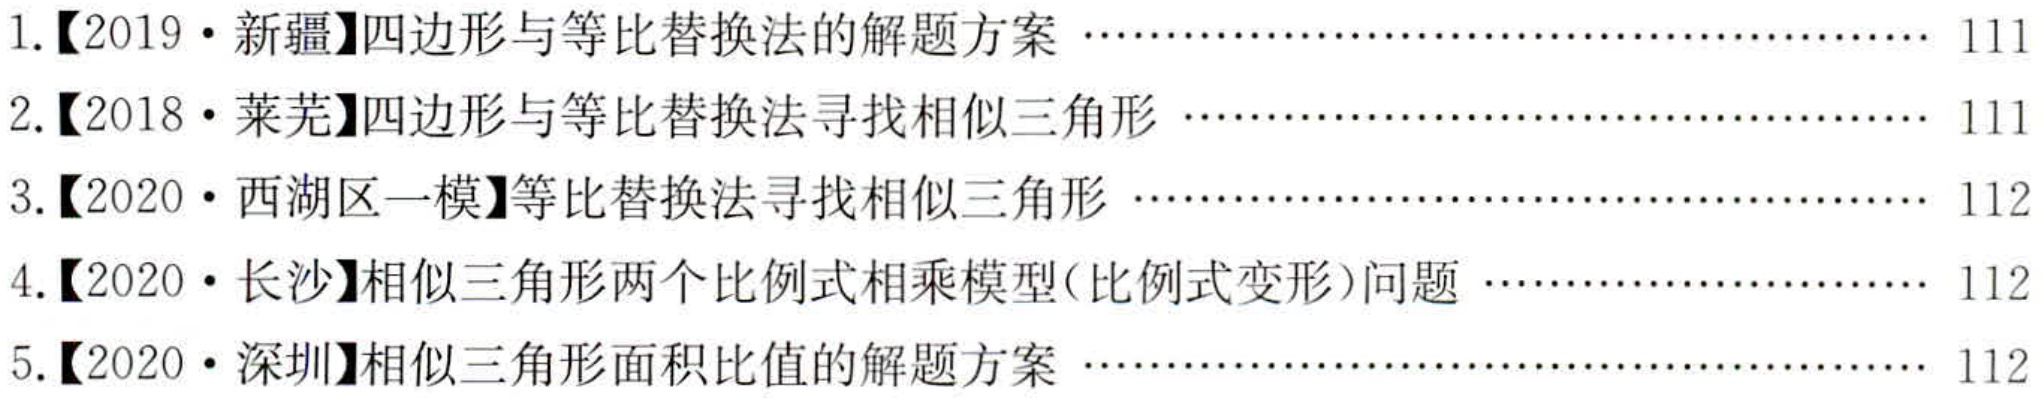
1.【2019·新疆】四边形与等比替换法的解题方案 \hfill 111
2.【2018·莱芜】四边形与等比替换法寻找相似三角形 \hfill 111
3.【2020·西湖区一模】等比替换法寻找相似三角形 \hfill 112
4.【2020·长沙】相似三角形两个比例式相乘模型(比例式变形)问题 \hfill 112
5.【2020·深圳】相似三角形面积比值的解题方案 \hfill 112